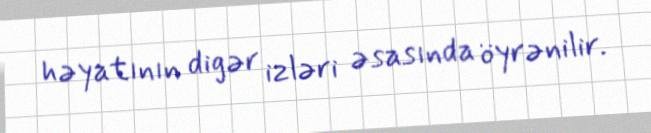
həyatının digər izləri əsasında öyrənilir.